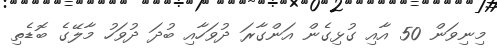
މިނިވަން 50 އާއި ގުޅިގެން އަންގާރަ ދުވަހާއި ބުދަ ދުވަހު މާލޭގެ ބޮޑެތި